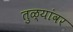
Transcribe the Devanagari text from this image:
तुळ्यांवर